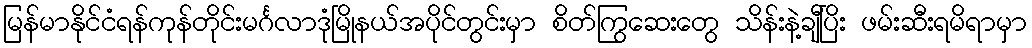
မြန်မာနိုင်ငံရန်ကုန်တိုင်းမင်္ဂလာဒုံမြိုနယ်အပိုင်တွင်းမှာ စိတ်ကြွဆေးတွေ သိန်းနဲ့ချီပြိး ဖမ်းဆီးရမိရာမှာ